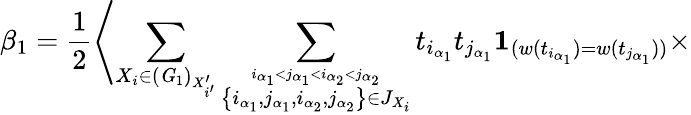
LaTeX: \beta_{1}=\frac{1}{2}\left\langle\sum_{X_{i}\in({\mathit G}_{1})_{X_{i^{\prime}}^{\prime}}}\sum_{\stackrel{i_{\alpha_{1}}<j_{\alpha_{1}}<i_{\alpha_{2}}<j_{\alpha_{2}}}{\left\{ i_{\alpha_{1}},j_{\alpha_{1}},i_{\alpha_{2}},j_{\alpha_{2}}\right\} \in J_{X_{i}}}}t_{i_{\alpha_{1}}}t_{j_{\alpha_{1}}}{\mathbf 1}_{(w(t_{i_{\alpha_{1}}})=w(t_{j_{\alpha_{1}}}))}\right.\times